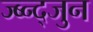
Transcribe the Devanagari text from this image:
ज्ब्न्द्जुन